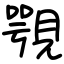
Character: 覨